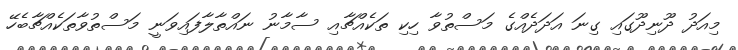
މިއަދު ދޫނިދޫގައި ގިނަ އަދަދެއްގެ މަސްތުވާ ހިކި ތަކެއްޗާއި ސާމާނު ނައްތާލާފައިވަނީ މަސްތުވާތަކެއްޗާބެހޭ